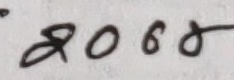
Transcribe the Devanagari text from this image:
२०६७